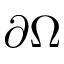
\partial \Omega